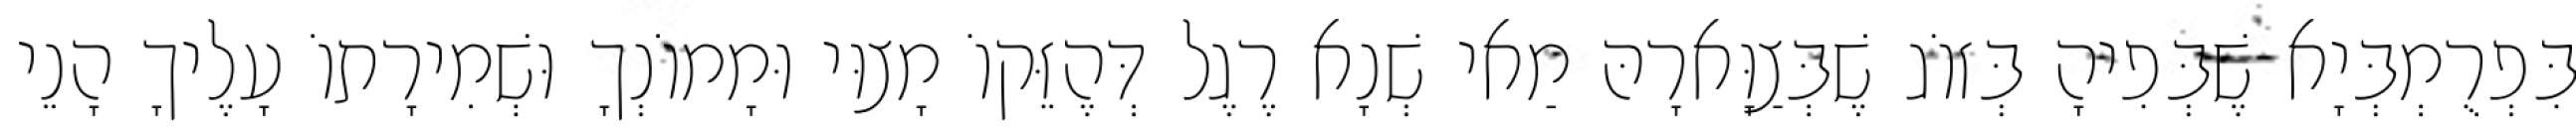
בִּפְרֻמְבְּיָא שֶׁבְּפִיהָ בְּזוֹג שֶׁבְּצַוָּארָהּ מַאי שְׁנָא רֶגֶל דְּהֶזֵּקוֹ מָצוּי וּמָמוֹנְךָ וּשְׁמִירָתוֹ עָלֶיךָ הָנֵי